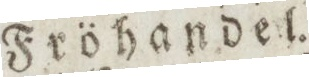
Fröhandel.